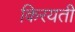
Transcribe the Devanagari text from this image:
किरयती